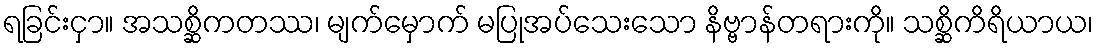
ရခြင်းငှာ။ အသစ္ဆိကတဿ၊ မျက်မှောက် မပြုအပ်သေးသော နိဗ္ဗာန်တရားကို။ သစ္ဆိကိရိယာယ၊